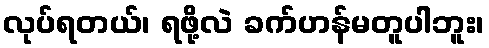
လုပ်ရတယ်၊ ရဖို့လဲ ခက်ဟန်မတူပါဘူး၊